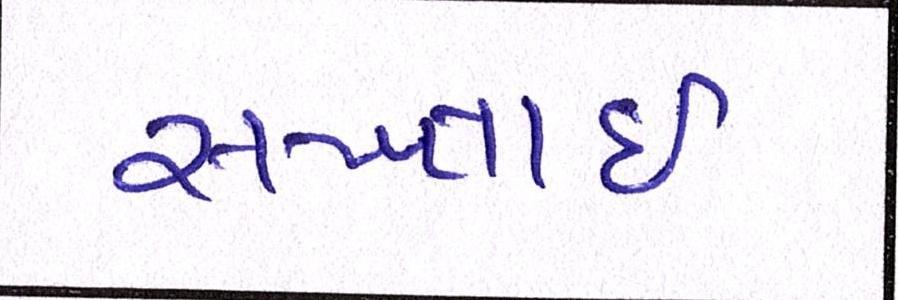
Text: સખ્તાઈ